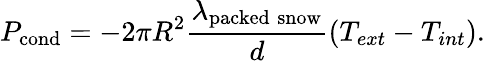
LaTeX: P_{\mathrm{cond}}=-2\pi R^{2}\frac{\lambda_{\mathrm{packed\; snow}}}{d}\left(T_{ext}-T_{int}\right).